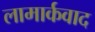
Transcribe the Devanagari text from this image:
लामार्कवाद